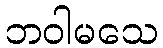
ဘဝါမသေ